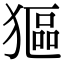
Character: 𤠾